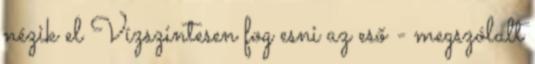
nézik el Vízszintesen fog esni az eső - megszólalt